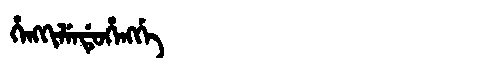
Manchu: ᡥᡝᠩᡴᡳᠯᡝᠨᡩᡠᡥᡝᠩᡤᡝ
Romanization: HENGKILENDUHENGGE